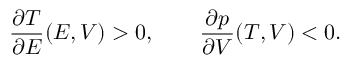
\frac { \partial T } { \partial E } ( E , V ) > 0 , \qquad \frac { \partial p } { \partial V } ( T , V ) < 0 .